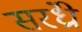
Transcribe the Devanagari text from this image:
सरंध्री